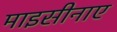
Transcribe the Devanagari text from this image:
माइसीनाए